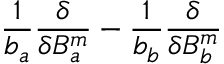
{ \frac { 1 } { b _ { a } } } { \frac { \delta } { \delta B _ { a } ^ { m } } } - { \frac { 1 } { b _ { b } } } { \frac { \delta } { \delta B _ { b } ^ { m } } }